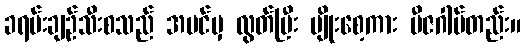
ခရမ်းချဉ်သီးစသည် အပင်မှ လွတ်ပြီး မျိုးစေ့ကား ဗီဇဂါမ်တည်း။